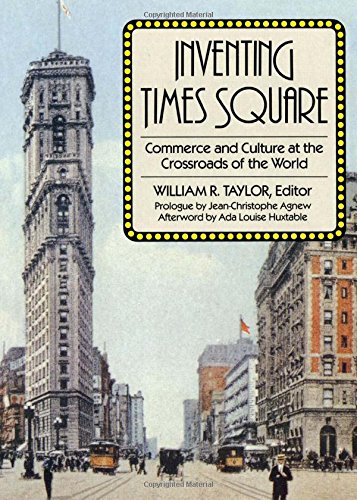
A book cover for Inventing Times Square: Commerce and Culture at the Crossroads of the World; Business & Money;